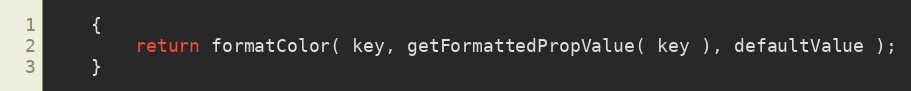
Language: Java
    {
        return formatColor( key, getFormattedPropValue( key ), defaultValue );
    }